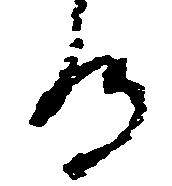
る